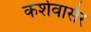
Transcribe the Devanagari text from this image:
कर्शवासेर